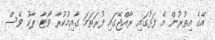
އޭގެ އިތުރުން އެ ފަޅުގައި ރާއްޖޭގައި ފުރަތަމަ ގާއިމުކުރާ ވޯޓާ ޕާކު ވެސް